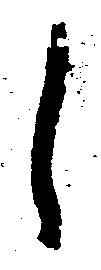
し